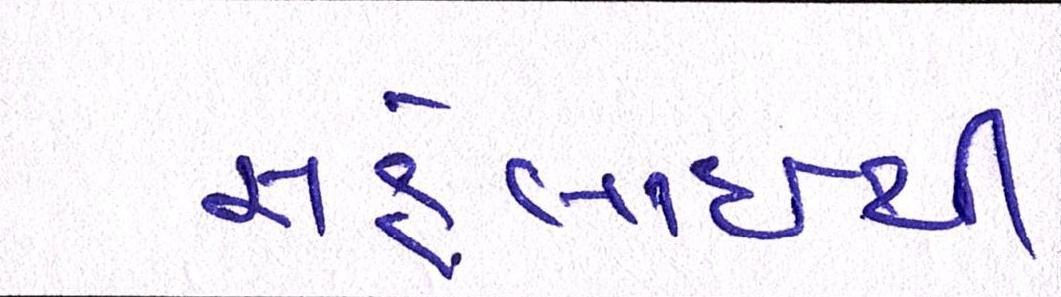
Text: સહેલાઇથી